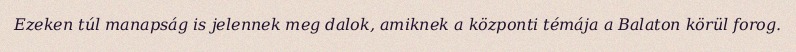
Ezeken túl manapság is jelennek meg dalok, amiknek a központi témája a Balaton körül forog.